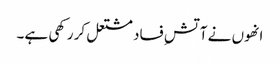
انھوں نے آتشِ فساد مشتعل کر رکھی ہے۔